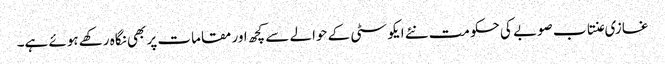
غازی عنتاب صوبے کی حکومت نئے ایکو سٹی کے حوالے سے کچھ اور مقامات پر بھی نگاہ رکھے ہوئے ہے۔